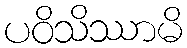
ပဝိသိဿာမိ